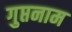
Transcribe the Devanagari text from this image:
गुप्तनाम